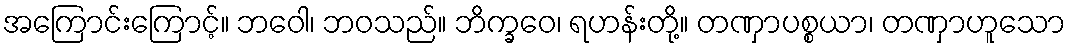
အကြောင်းကြောင့်။ ဘဝေါ၊ ဘဝသည်။ ဘိက္ခဝေ၊ ရဟန်းတို့။ တဏှာပစ္စယာ၊ တဏှာဟူသော